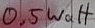
Text: 0.5Watt